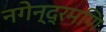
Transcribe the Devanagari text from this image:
नगेन्द्रमणि